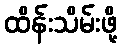
ထိန်းသိမ်းဖို့